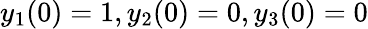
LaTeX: y_{1}(0)=1,y_{2}(0)=0,y_{3}(0)=0